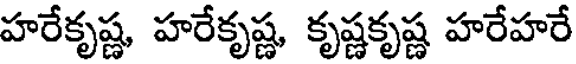
హరేకృష్ణ, హరేకృష్ణ, కృష్ణకృష్ణ హరేహరే